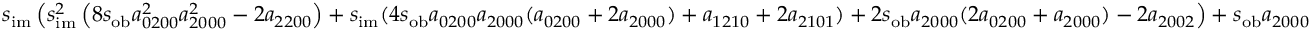
s _ { \mathrm { i m } } \left( s _ { \mathrm { i m } } ^ { 2 } \left( 8 s _ { \mathrm { o b } } a _ { 0 2 0 0 } ^ { 2 } a _ { 2 0 0 0 } ^ { 2 } - 2 a _ { 2 2 0 0 } \right) + s _ { \mathrm { i m } } ( 4 s _ { \mathrm { o b } } a _ { 0 2 0 0 } a _ { 2 0 0 0 } ( a _ { 0 2 0 0 } + 2 a _ { 2 0 0 0 } ) + a _ { 1 2 1 0 } + 2 a _ { 2 1 0 1 } ) + 2 s _ { \mathrm { o b } } a _ { 2 0 0 0 } ( 2 a _ { 0 2 0 0 } + a _ { 2 0 0 0 } ) - 2 a _ { 2 0 0 2 } \right) + s _ { \mathrm { o b } } a _ { 2 0 0 0 }